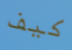
كيف